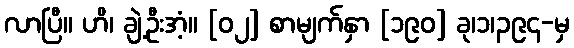
လာပြီ။ ဟိ၊ ချဲ့ဦးအံ့။ [၀၂] စာမျက်နှာ [၁၉၀] ခု၊၁၊၃၉၄-မှ